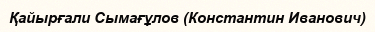
Қайырғали Сымағұлов (Константин Иванович)